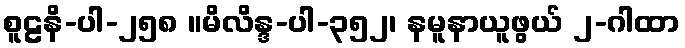
စူဠနိ-ပါ-၂၅၈ ။မိလိန္ဒ-ပါ-၃၅၂၊ နမူနာယူဖွယ် ၂-ဂါထာ